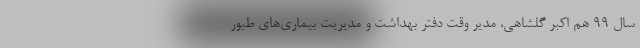
سال ۹۹ هم اکبر گلشاهی، مدیر وقت دفتر بهداشت و مدیریت بیماری‌های طیور